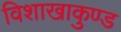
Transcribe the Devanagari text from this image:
विशाखाकुण्ड